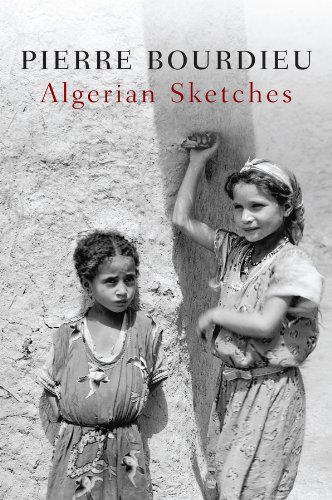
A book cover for Algerian Sketches; Pierre Bourdieu; History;